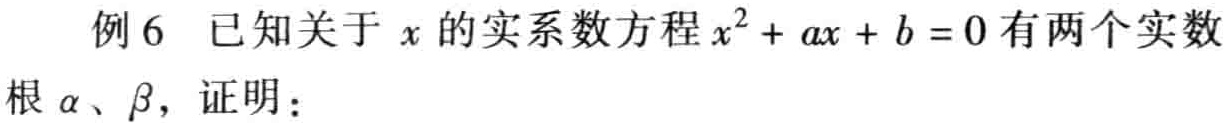
例6 已知关于\(x\)的实系数方程\(x^{2}+ax + b = 0\)有两个实数根\(\alpha\)、\(\beta\)，证明：